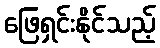
ဖြေရှင်းနိုင်သည့်